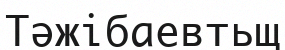
Тәжібаевтьщ